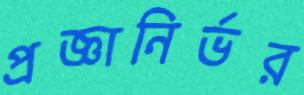
প্রজ্ঞানির্ভর